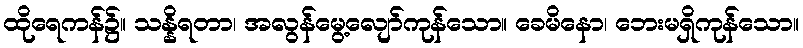
ထိုရေကန်၌။ သန္နိရတာ၊ အလွန်မွေ့လျော်ကုန်သော။ ခေမိနော၊ ဘေးမရှိကုန်သော။